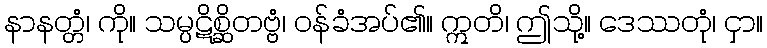
နာနတ္တံ၊ ကို။ သမ္ပဋိစ္ဆိတဗ္ဗံ၊ ဝန်ခံအပ်၏။ ဣတိ၊ ဤသို့။ ဒေဿတုံ၊ ငှာ။